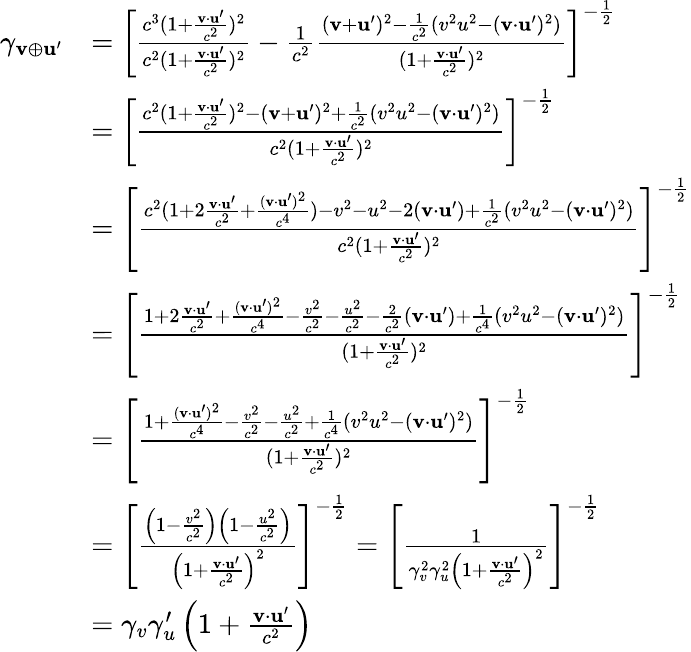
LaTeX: {\begin{array}{rl}{\gamma_{\mathbf{v}\oplus\mathbf{u}^{\prime}}}&{=\left[{\frac{c^{3}(1+{\frac{\mathbf{v}\cdot\mathbf{u}^{\prime}}{c^{2}}})^{2}}{c^{2}(1+{\frac{\mathbf{v}\cdot\mathbf{u}^{\prime}}{c^{2}}})^{2}}}-{\frac{1}{c^{2}}}{\frac{(\mathbf{v}+\mathbf{u}^{\prime})^{2}-{\frac{1}{c^{2}}}(v^{2}u^{2}-(\mathbf{v}\cdot\mathbf{u}^{\prime})^{2})}{(1+{\frac{\mathbf{v}\cdot\mathbf{u}^{\prime}}{c^{2}}})^{2}}}\right]^{-{\frac{1}{2}}}}\\ &{=\left[{\frac{c^{2}(1+{\frac{\mathbf{v}\cdot\mathbf{u}^{\prime}}{c^{2}}})^{2}-(\mathbf{v}+\mathbf{u}^{\prime})^{2}+{\frac{1}{c^{2}}}(v^{2}u^{2}-(\mathbf{v}\cdot\mathbf{u}^{\prime})^{2})}{c^{2}(1+{\frac{\mathbf{v}\cdot\mathbf{u}^{\prime}}{c^{2}}})^{2}}}\right]^{-{\frac{1}{2}}}}\\ &{=\left[{\frac{c^{2}(1+2{\frac{\mathbf{v}\cdot\mathbf{u}^{\prime}}{c^{2}}}+{\frac{(\mathbf{v}\cdot\mathbf{u}^{\prime})^{2}}{c^{4}}})-v^{2}-u^{2}-2(\mathbf{v}\cdot\mathbf{u}^{\prime})+{\frac{1}{c^{2}}}(v^{2}u^{2}-(\mathbf{v}\cdot\mathbf{u}^{\prime})^{2})}{c^{2}(1+{\frac{\mathbf{v}\cdot\mathbf{u}^{\prime}}{c^{2}}})^{2}}}\right]^{-{\frac{1}{2}}}}\\ &{=\left[{\frac{1+2{\frac{\mathbf{v}\cdot\mathbf{u}^{\prime}}{c^{2}}}+{\frac{(\mathbf{v}\cdot\mathbf{u}^{\prime})^{2}}{c^{4}}}-{\frac{v^{2}}{c^{2}}}-{\frac{u^{2}}{c^{2}}}-{\frac{2}{c^{2}}}(\mathbf{v}\cdot\mathbf{u}^{\prime})+{\frac{1}{c^{4}}}(v^{2}u^{2}-(\mathbf{v}\cdot\mathbf{u}^{\prime})^{2})}{(1+{\frac{\mathbf{v}\cdot\mathbf{u}^{\prime}}{c^{2}}})^{2}}}\right]^{-{\frac{1}{2}}}}\\ &{=\left[{\frac{1+{\frac{(\mathbf{v}\cdot\mathbf{u}^{\prime})^{2}}{c^{4}}}-{\frac{v^{2}}{c^{2}}}-{\frac{u^{2}}{c^{2}}}+{\frac{1}{c^{4}}}(v^{2}u^{2}-(\mathbf{v}\cdot\mathbf{u}^{\prime})^{2})}{(1+{\frac{\mathbf{v}\cdot\mathbf{u}^{\prime}}{c^{2}}})^{2}}}\right]^{-{\frac{1}{2}}}}\\ &{=\left[{\frac{\left(1-{\frac{v^{2}}{c^{2}}}\right)\left(1-{\frac{u^{2}}{c^{2}}}\right)}{\left(1+{\frac{\mathbf{v}\cdot\mathbf{u}^{\prime}}{c^{2}}}\right)^{2}}}\right]^{-{\frac{1}{2}}}=\left[{\frac{1}{\gamma_{v}^{2}\gamma_{u}^{2}\left(1+{\frac{\mathbf{v}\cdot\mathbf{u}^{\prime}}{c^{2}}}\right)^{2}}}\right]^{-{\frac{1}{2}}}}\\ &{=\gamma_{v}\gamma_{u}^{\prime}\left(1+{\frac{\mathbf{v}\cdot\mathbf{u}^{\prime}}{c^{2}}}\right)}\end{array}}